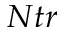
N t r